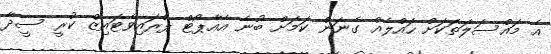
އެ މައްސަލަތަކަށް ހައްލެއް ގެނަން ކަމަށް ބުނެ އެއާޕޯޓް ޕްރައިވެޓައިޒް ކުރީ ސީދާ